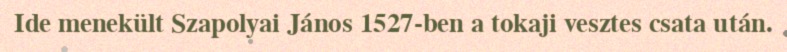
Ide menekült Szapolyai János 1527-ben a tokaji vesztes csata után.